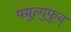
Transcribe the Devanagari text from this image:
फ्य्रुत्गुफुव्